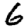
Digit: 6